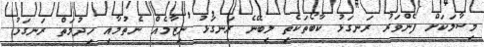
މިސާލަކަށް ފެންވަރު ރަނގަޅު ކާބޯތަކެތި ލިބޭނެ ރަނގަޅު ނިޒާމެއް ނެތުމާއި ހިދުމަތް ރަނގަޅު